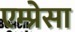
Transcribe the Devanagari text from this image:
एम्प्रेसा